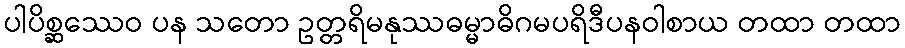
ပါပိစ္ဆဿေဝ ပန သတော ဥတ္တရိမနုဿဓမ္မာဓိဂမပရိဒီပနဝါစာယ တထာ တထာ